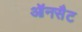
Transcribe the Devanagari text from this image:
ऑनसैट